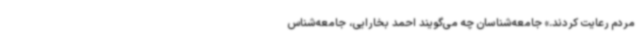
مردم رعایت کردند.» جامعه‌شناسان چه می‌گویند احمد بخارایی، جامعه‌شناس